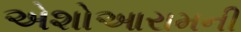
એશોઆરામની